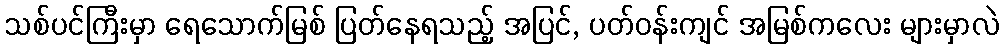
သစ်ပင်ကြီးမှာ ရေသောက်မြစ် ပြတ်နေရသည့် အပြင်, ပတ်ဝန်းကျင် အမြစ်ကလေး များမှာလဲ